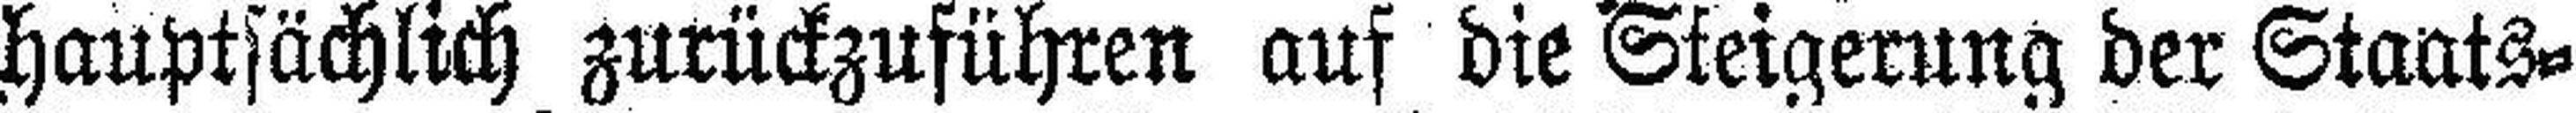
hauptsächlich zurückzuführen auf die Steigerung der Staats¬